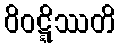
ဝိဝဋ္ဋိဿတိ